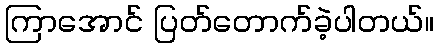
ကြာအောင် ပြတ်တောက်ခဲ့ပါတယ်။